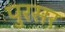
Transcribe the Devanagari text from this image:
पुरसर